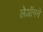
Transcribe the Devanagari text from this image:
लेऑनने